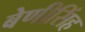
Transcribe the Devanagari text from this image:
बेणीसिंह